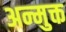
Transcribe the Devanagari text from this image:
अन्मुक्त